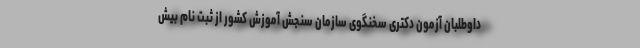
داوطلبان آزمون دکتری سخنگوی سازمان سنجش آموزش کشور از ثبت نام بیش